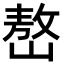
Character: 嶅